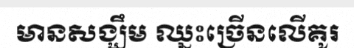
មានសង្ឃឹម ឈ្នះច្រើនលើគូរ